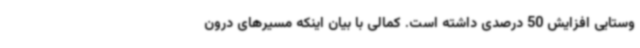
وستایی افزایش 50 درصدی داشته است. کمالی با بیان اینکه مسیرهای درون